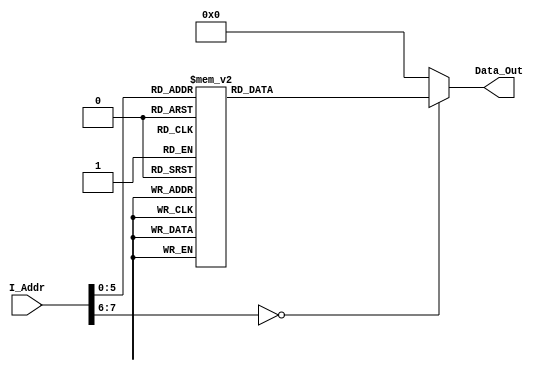
`timescale 1ns / 1ps
//////////////////////////////////////////////////////////////////////////////////
// Company: 
// Engineer: 
// 
// Design Name: 
// Module Name:    Instruction_mem 
// Project Name: 
// Target Devices: 
// Tool versions: 
// Description: 
//
// Dependencies: 
//
// Revision: 
// Revision 0.01 - File Created
// Additional Comments: 
//
//////////////////////////////////////////////////////////////////////////////////
module Instruction_Memory(I_Addr, Data_Out);
	input [7:0] I_Addr;
	output reg [31:0] Data_Out;
	always @ (I_Addr)
	begin
		case (I_Addr)
			// A = r1, B = r2, r4 = 1, r0 = 0, done = r3;
			8'h00: Data_Out = 32'h00000000;  //8C630000; // 1. lw r3,r3
			8'h04: Data_Out = 32'h00000000; //8C210000; // 2. lw r1,r1
			8'h08: Data_Out = 32'h00000000; //8C420000; // 3. lw r2,r2
			//label:gcd
			8'h0C: Data_Out = 32'h0022282B; // 4. sltu r5,r2,r3
			8'h10: Data_Out = 32'h10A40010; // 5. beq r5,r4,swapAB
			//label:stage2
			8'h14: Data_Out = 32'h1402001C; // 6. bne r0,r2,subAB 
			//label:stage3
			8'h18: Data_Out = 32'h10020020; // 7. beq r0,r2,done
			8'h1C: Data_Out = 32'h0800000C; // 8. j gcd
			//label:swapAB
			8'h20: Data_Out = 32'h00220820; // 9. add r1,r1,r2
			8'h24: Data_Out = 32'h00221023; // 10. sub r2,r1,r2
			8'h28: Data_Out = 32'h00220823; // 11. sub r1,r1,r2
			8'h2C: Data_Out = 32'h08000014; // 12. j stage2
			//label:subAB
			8'h30: Data_Out = 32'h00220823; // 13. sub r1,r1,r2
			8'h34: Data_Out = 32'h08000018; // 14. j stage3
			//label:done
			8'h38: Data_Out = 32'h00413020; // 15. slti r6,r5, 0x0161
			default: Data_Out = 32'h00000000;
		endcase
	end
endmodule